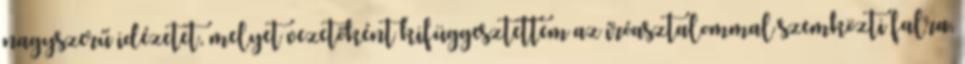
nagyszerű idézetet, melyet vezetőként kifüggesztettem az íróasztalommal szemközti falra,